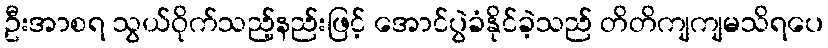
ဦးအာစရ သွယ်ဝိုက်သည့်နည်းဖြင့် အောင်ပွဲခံနိုင်ခဲ့သည် တိတိကျကျမသိရပေ